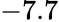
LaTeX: -7.7